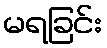
မရခြင်း